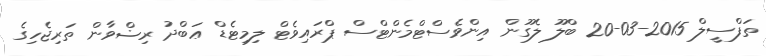
ތަފްސީލް 2015-03-20 ބްލޫ ލެގޫން އިންވެސްޓްމެންޓްސް ޕްރައިވެޓް ލިމިޓެޑް ޢަބްދު ރިޟްވާން ތަރިޖެހިގެ